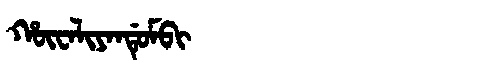
Manchu: ᡥᡡᠸᠠᠯᡳᠶᠠᠨᡩᡠᠮᠪᡳ
Romanization: HŪWALIYANDUMBI